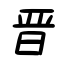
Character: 晋